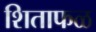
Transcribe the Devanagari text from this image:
शिताफळ